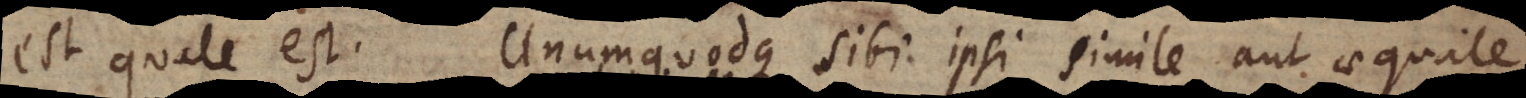
est quale est. Unumquodque sibi ipsi simile aut aequale